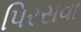
પિરસવા